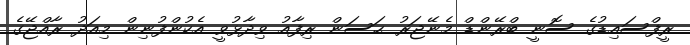
ރީފްސައިޑުގެ ސޮނީ ބްރޭންޑް މެނޭޖަރު ޙަސަން ރިފާއު ވިދާޅުވީ އެކުންފުނިން މިއަދު ރާއްޖޭގެ